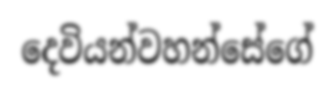
දෙවියන්වහන්සේගේ